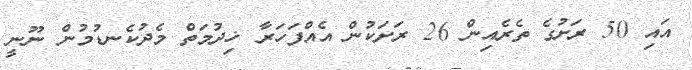
އައިި 50 ރަށުގެ ތެރެއިން 26 ރަށަކުން އެއްފަހަރާ ޚިދުމަތް މެދުކެނޑުމުން ނޫނީ